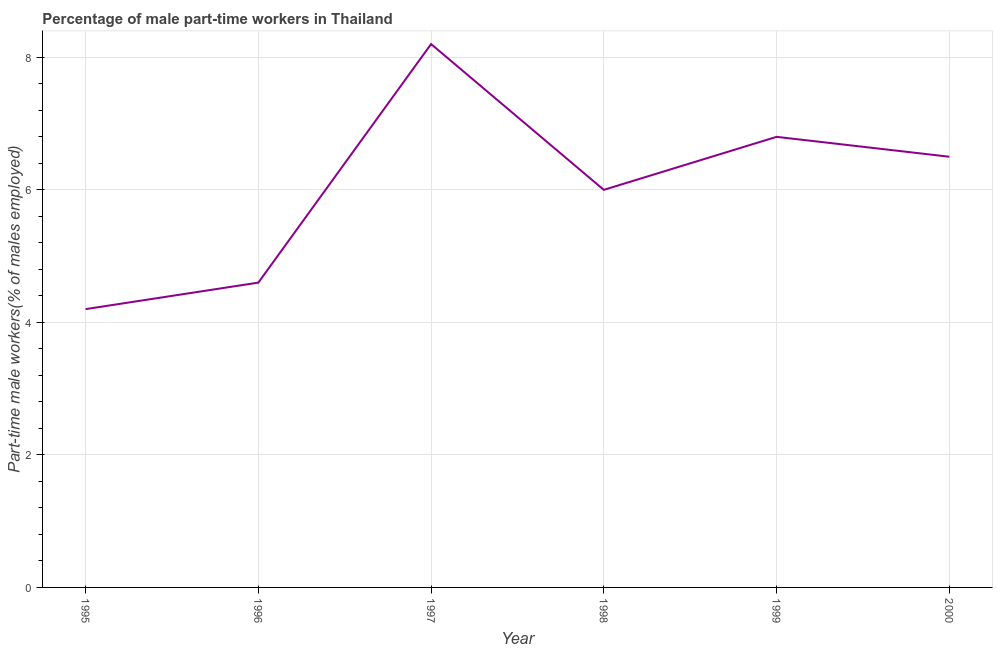
| Year | Part time employment |
 | --- | --- |
 | 1995 | 4.2 |
 | 1996 | 4.6 |
 | 1997 | 8.2 |
 | 1998 | 6 |
 | 1999 | 6.8 |
 | 2000 | 6.5 |